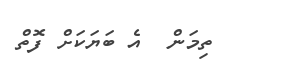
ތިމަން  އެ ބަޔަކަށް ފޮތް